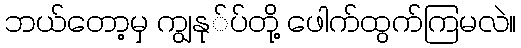
ဘယ်တော့မှ ကျွနု်ပ်တို့ ဖေါက်ထွက်ကြမလဲ။